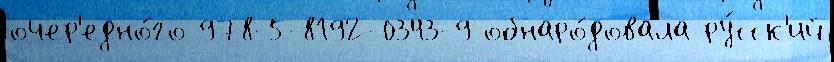
очер'едно́го 978-5-8192-0343-9 обнаро́довала ру́сск'ий